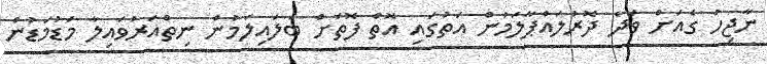
ނާޖިހު ގެއަށް ވަދެ ދޮރުލައްޕާލަމުން އަތުގައި އޮތް ފޮތަށް ބަލައިލަމުން ނިތްއަރުވައިލާ މަޑުމަޑުން